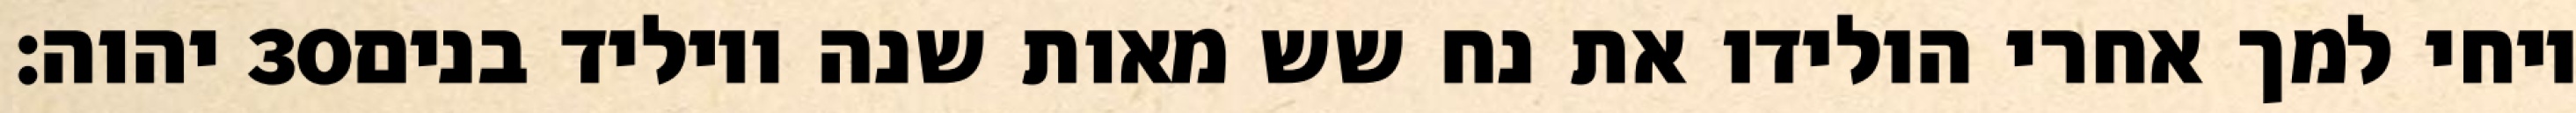
יהוה׃ ‎30‏ ויחי למך אחרי הולידו את נח שש מאות שנה ויוליד בנים